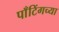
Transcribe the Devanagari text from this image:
पाँटिंगच्या